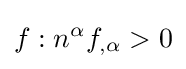
f:n^{\alpha }f_{,\alpha }>0